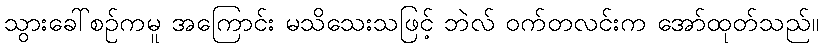
သွားခေါ်စဉ်ကမူ အကြောင်း မသိသေးသဖြင့် ဘဲလ် ဝက်တလင်းက အော်ထုတ်သည်။